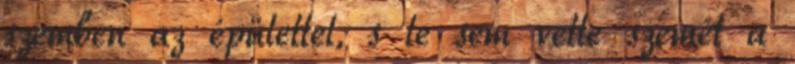
szemben az épülettel, s le sem vette szemét a